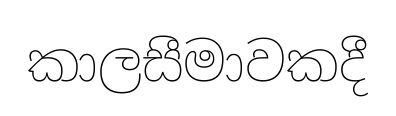
කාලසීමාවකදී